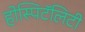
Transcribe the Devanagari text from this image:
होस्पिटॅलिटी